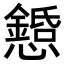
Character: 𢤌